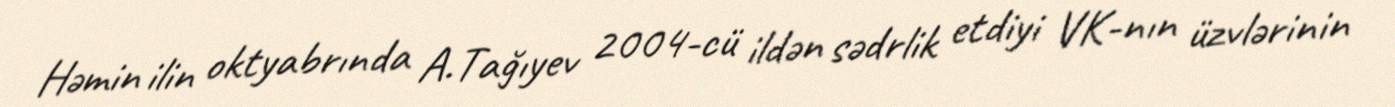
Həmin ilin oktyabrında A.Tağıyev 2004-cü ildən sədrlik etdiyi VK-nın üzvlərinin